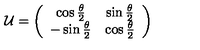
{ \cal { U } } = \left( \begin{array} { c c } { \cos { \frac { \theta } { 2 } } } & { \sin { \frac { \theta } { 2 } } } \\ { - \sin { \frac { \theta } { 2 } } } & { \cos { \frac { \theta } { 2 } } } \\ \end{array} \right)